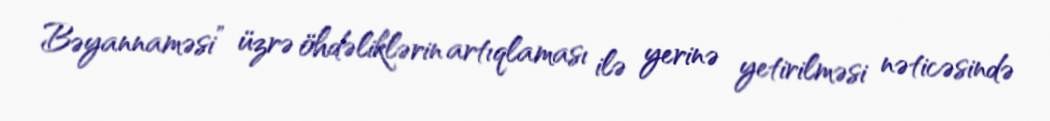
Bəyannaməsi” üzrə öhdəliklərin artıqlaması ilə yerinə yetirilməsi nəticəsində